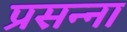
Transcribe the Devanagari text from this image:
प्रसन्‍ना